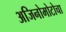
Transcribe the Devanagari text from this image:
अजिनोमोटोचा